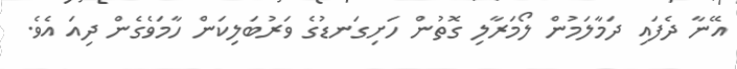
އޭނާ ދެފައި ދަމާލަމުން ލޯމަރާލި ގޮތުން ހަށިގަނޑުގެ ވަރުބަލިކަން ހާމަވެގެން ދިއަ އެވެ.